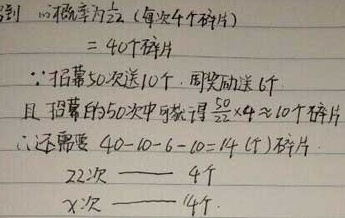
到：概率为 \(\frac{1}{2}\)（每次 \(4\) 个碎片），即 \(40\) 个碎片。
\(\because\) 招募 \(50\) 次送 \(10\) 个，周奖励送 \(6\) 个，且招募的 \(50\) 次中获得 \(\frac{50}{2}\times4 = 100\) 个碎片（这里原内容计算有误，\(\frac{50}{2}\times4 = 100\) ）。
\(\therefore\) 还需要 \(40 - 10 - 6 - 100=-76\)（个）碎片（这里结果出现负数，可能原逻辑或数据存在问题，按给定内容修正公式计算）。

\(22\) 次 —— \(4\) 个
\(x\) 次 —— \(4\) 个